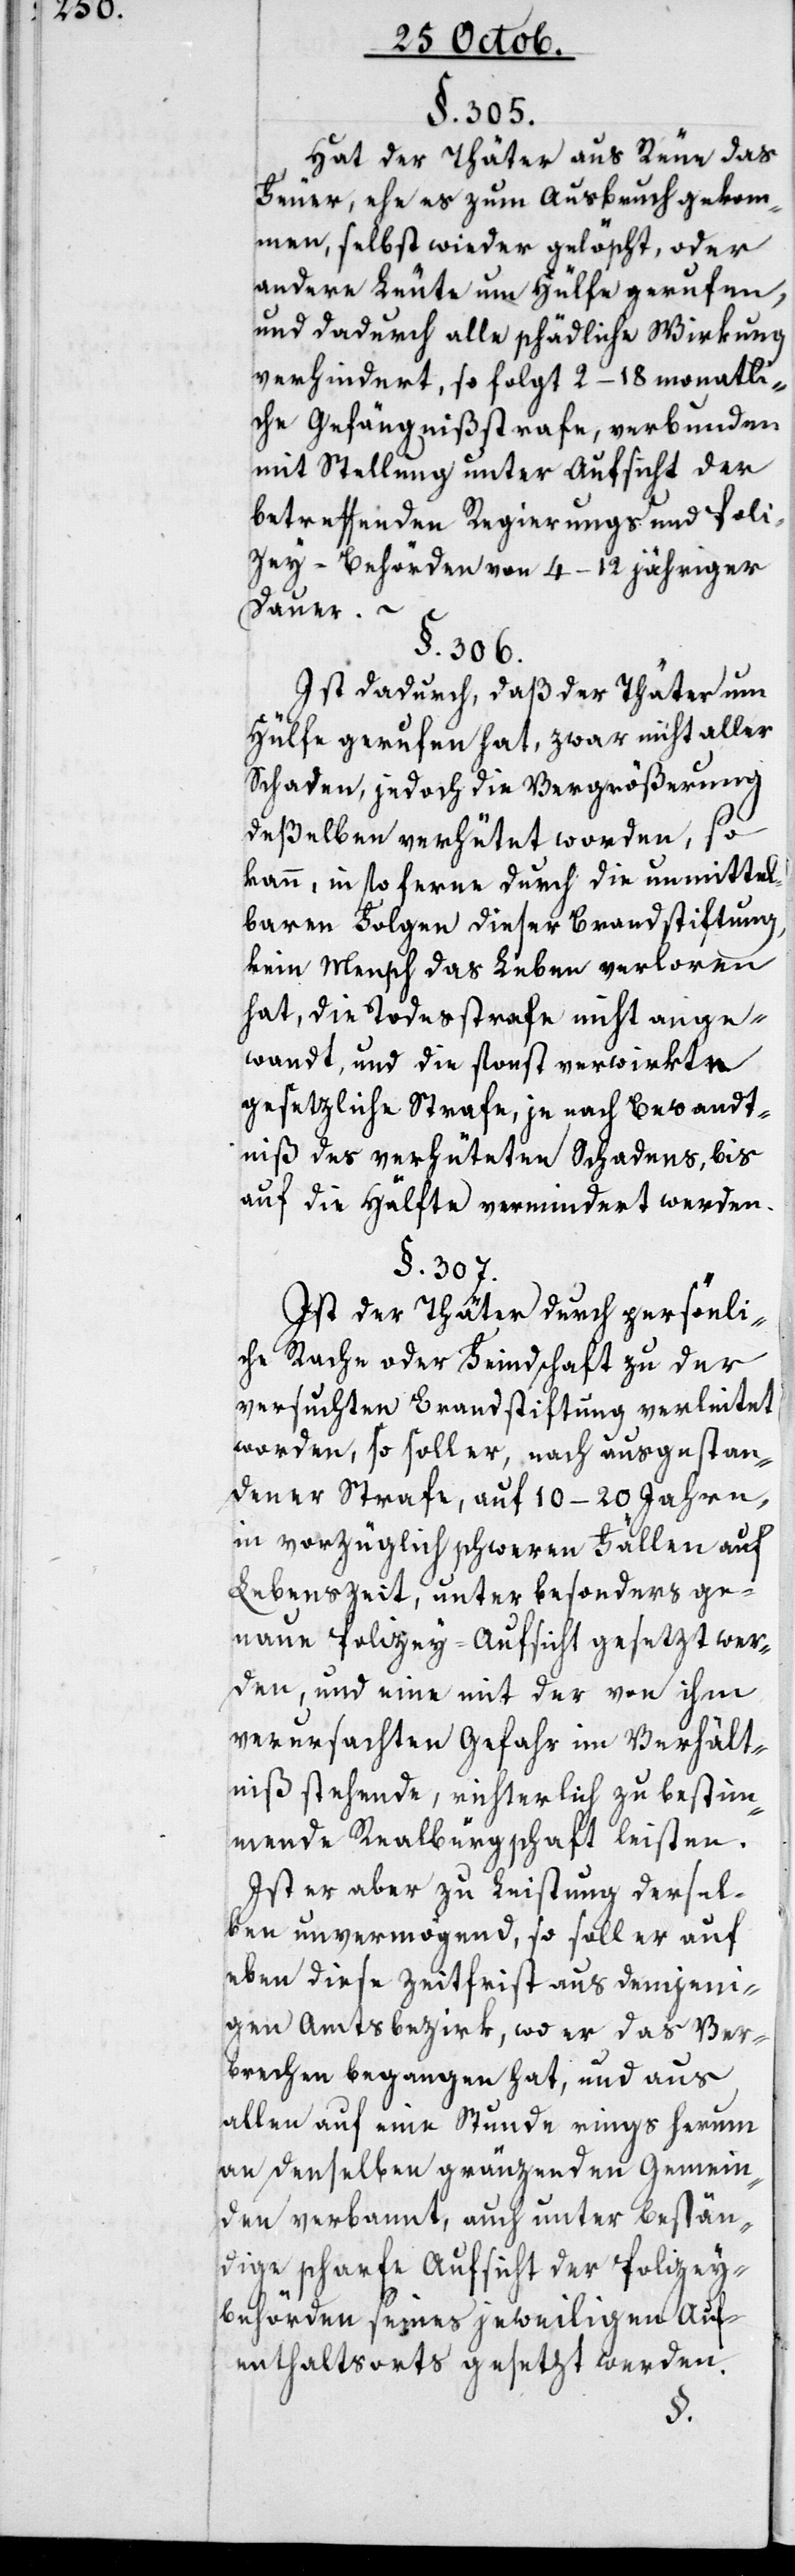
§. 305.
Hat der Thäter aus Reue das
Feuer, ehe es zum Ausbruch gekom¬
men, selbst wieder gelöscht, oder
andere Leute um Hülfe gerufen,
und dadurch alle schädliche Wirkung
verhindert, so folgt 2–18monatli¬
che Gefängnißstrafe, verbunden
mit Stellung unter Aufsicht der
betreffenden Regierungs- und Poli¬
zeybehörden von 4–12 jähriger
Dauer. –
§. 306.
Ist dadurch, daß der Thäter um
Hülfe gerufen hat, zwar nicht aller
Schaden, jedoch die Vergrößerung
deßelben verhütet worden, so
kann, in so ferne durch die unmittel¬
baren Folgen dieser Brandstiftung,
kein Mensch das Leben verloren
hat, die Todesstrafe nicht ange¬
wandt, und die sonst verwirkte
gesetzliche Strafe, je nach Bewandt¬
niß des verhüteten Schadens, bis
auf die Hälfte vermindert werden.
§. 307.
Ist der Thäter durch persönli¬
che Rache oder Feindschaft zu der
versuchten Brandstiftung verleitet
worden, so soll er, nach ausgestan¬
dener Strafe, auf 10–20 Jahren,
in vorzüglich schweren Fällen auf
Lebenszeit, unter besonders ge¬
naue Polizey-Aufsicht gesezt wer¬
den, und eine mit der von ihm
verursachten Gefahr im Verhält¬
niß stehende, richterlich zu bestim¬
mende Realbürgschaft leisten.
Ist er aber zu Leistung dersel¬
ben unvermögend, so soll er auf
eben diese Zeitfrist aus demjeni¬
gen Amtsbezirk, wo er das Ver¬
brechen begangen hat, und aus
allen auf eine Stunde rings herum
an denselben gränzenden Gemein¬
den verbannt, auch unter bestän¬
dige scharfe Aufsicht der Polizey¬
behörden seines jeweiligen Auf¬
enthaltsorts gesezt werden.